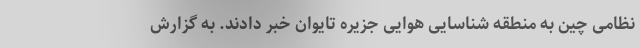
نظامی چین به منطقه شناسایی هوایی جزیره تایوان خبر دادند. به گزارش